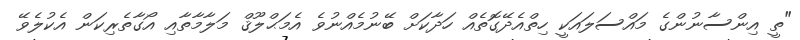
"ތީ އިންސާނުންގެ މައްސަލައަކީ ހިތްއެދޭގޮތެއް ހަދާކަށް ބޭނުމެއްނުވެ އެމަޙްލޫޤް މަލާމާތާއި އޯގާތެރިކަން އެކުލެވޭ